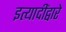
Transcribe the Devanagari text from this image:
इत्यादींद्वारे